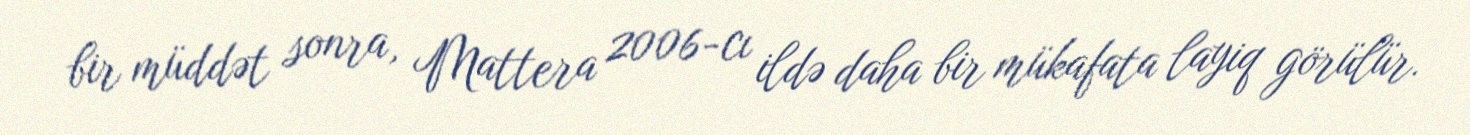
bir müddət sonra, Mattera 2006-cı ildə daha bir mükafata layiq görülür.